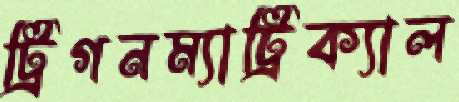
ট্রিগনম্যাট্রিক্যাল